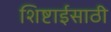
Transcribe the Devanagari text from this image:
शिष्टाईसाठी